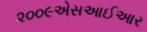
૨૦૦૯એસઆઈઆર